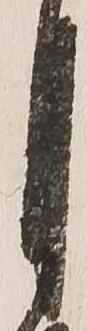
月